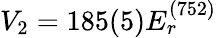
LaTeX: V_{2}=185(5)E_{r}^{(752)}